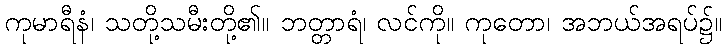
ကုမာရီနံ၊ သတို့သမီးတို့၏။ ဘတ္တာရံ၊ လင်ကို။ ကုတော၊ အဘယ်အရပ်၌။